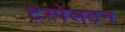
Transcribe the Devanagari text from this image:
टेम्पेलटन